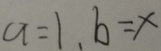
a = 1 , b = x